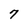
Character: 7